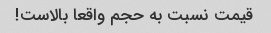
قیمت نسبت به حجم واقعا بالاست!